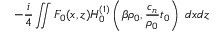
- \frac { i } { 4 } \iint F _ { 0 } ( x , z ) H _ { 0 } ^ { ( 1 ) } \left( \beta \rho _ { 0 } , \frac { c _ { n } } { \rho _ { 0 } } t _ { 0 } \right) \; d x d z